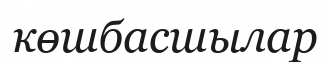
көшбасшылар